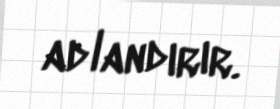
adlandırır.